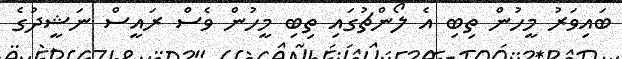
ބައިވަރު މީހުން ތިބި އެ ލޯންޗުގައި ތިބި މީހުން ވެސް ރައީސް ނަޝީދުގެ